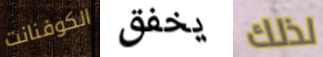
الكوفنانت يخفق لذلك